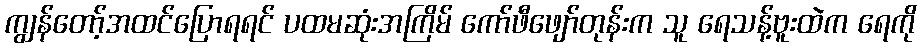
ကျွန်တော့်အထင်ပြောရရင် ပထမဆုံးအကြိမ် ကော်ဖီဖျော်တုန်းက သူ ရေသန့်ဗူးထဲက ရေကို